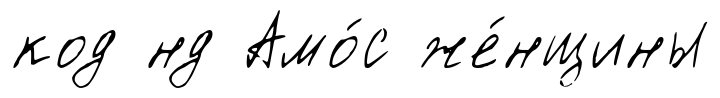
код нд Амо́с же́нщины